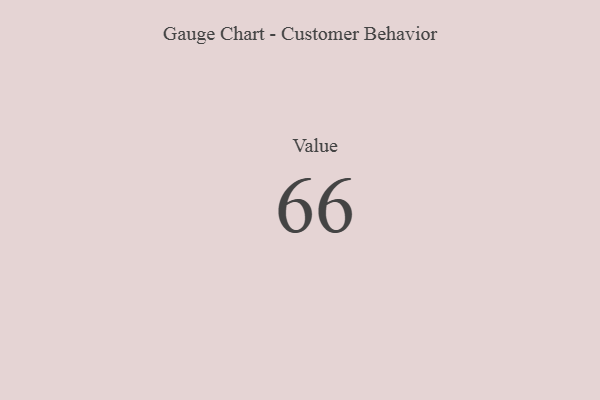
{"axis": {"x": "Metric", "y": "Value"}, "legend": [""], "data": [{"x": "Value", "y": 66, "type": ""}]}